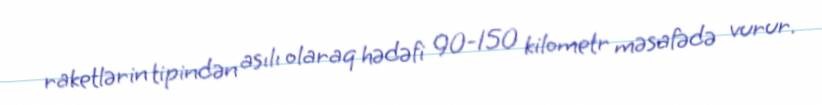
raketlərin tipindən asılı olaraq hədəfi 90-150 kilometr məsafədə vurur.